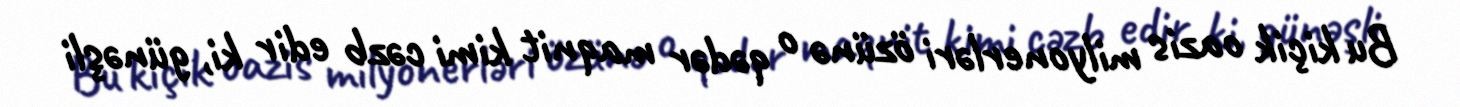
Bu kiçik oazis milyonerləri özünə o qədər maqnit kimi cəzb edir ki, günəşli